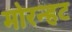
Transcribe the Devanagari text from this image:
मोरन्हट